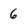
Character: 6